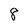
Character: 8